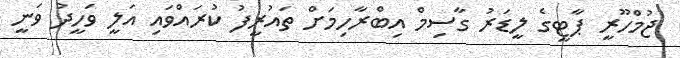
ޖުމްހޫރީ ޕާޓީގެ ލީޑަރު ގާސިމް އިބްރާހިމަށް ތައުރީފު ކުރައްވައި އަލީ ވަހީދު ވަނީ